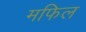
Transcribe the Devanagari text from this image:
मफिल